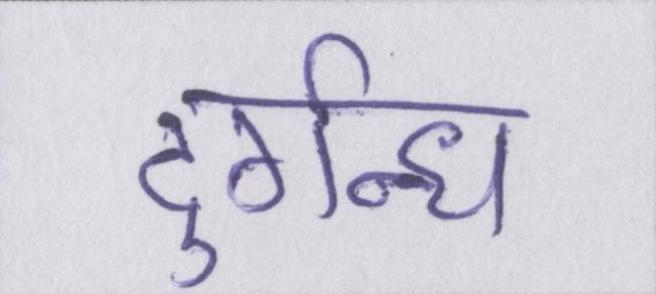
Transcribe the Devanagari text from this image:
दुर्गन्ध